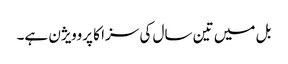
بل میں تین سال کی سزا کا پروویژن ہے۔